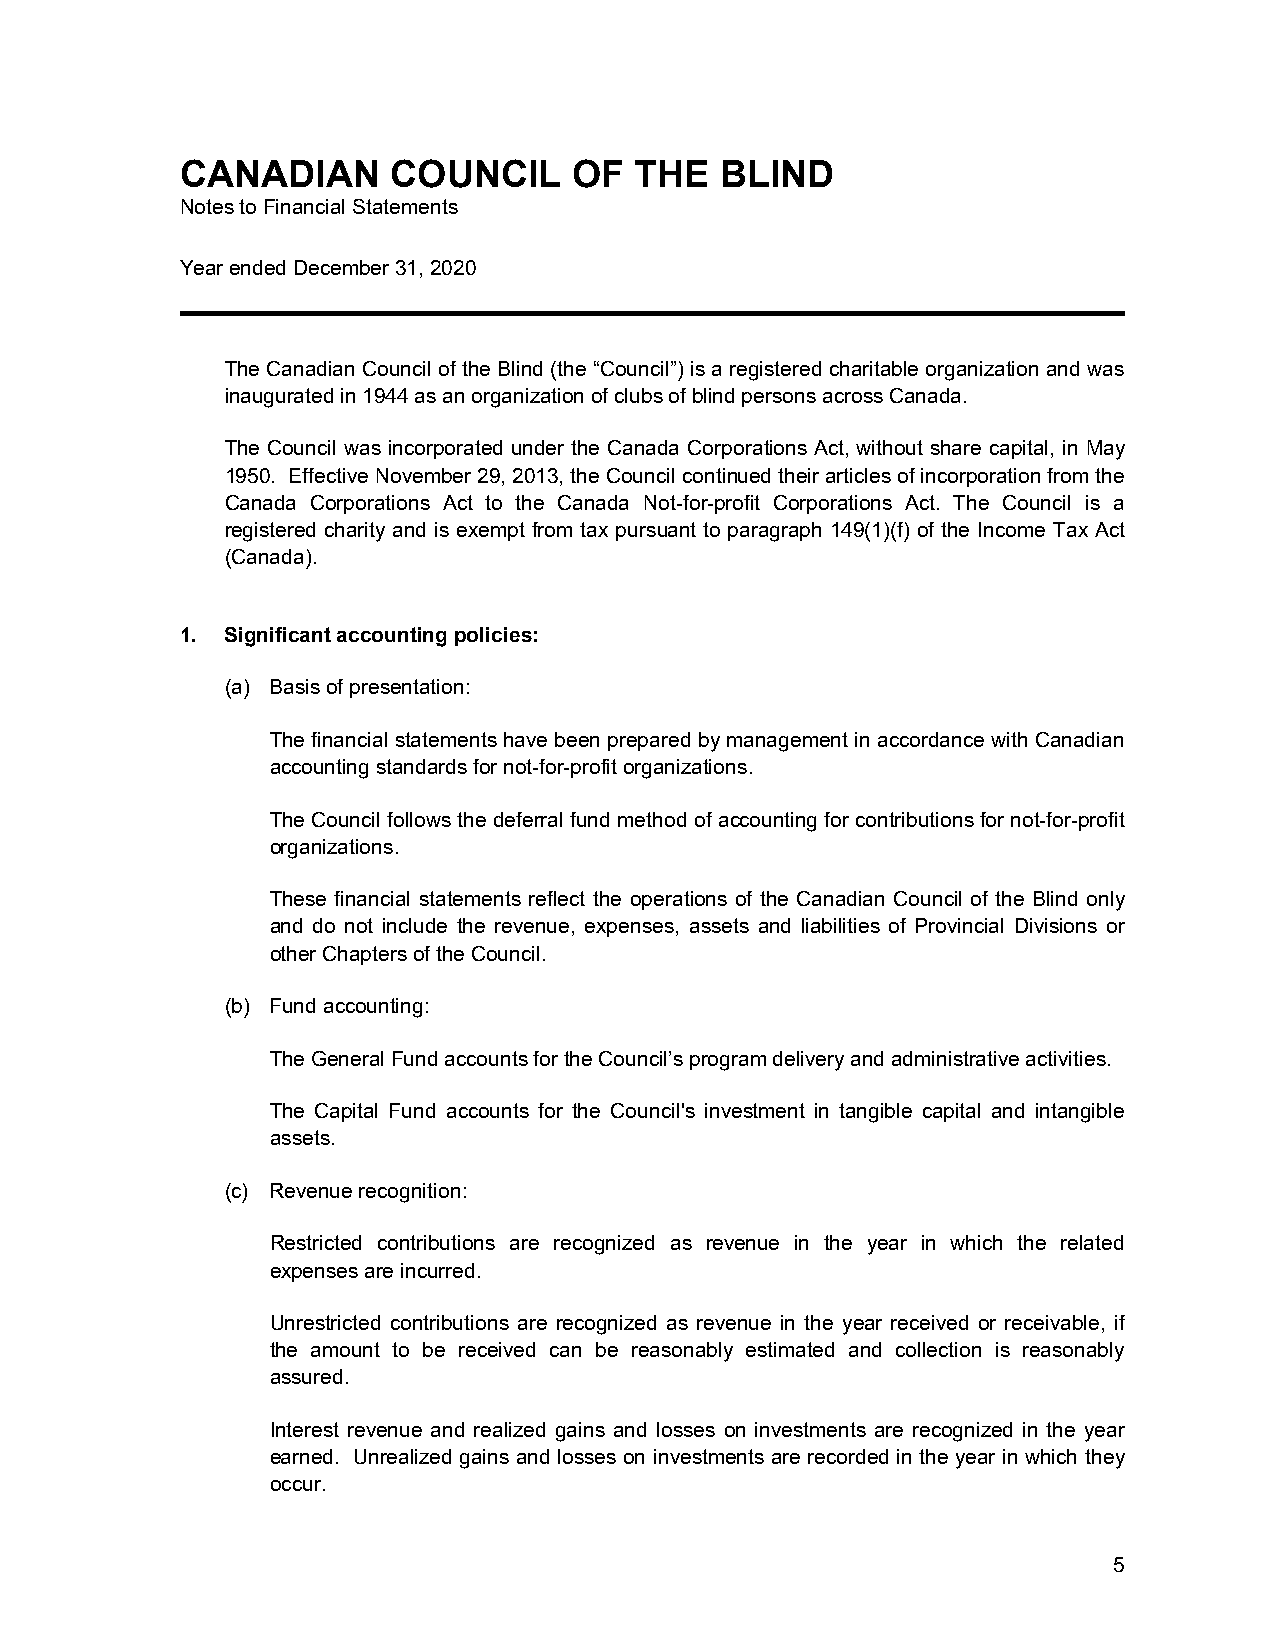
CANADIAN      COUNCIL     OF  THE   BLIND
 Notes to Financial Statements
 Year ended December 31, 2020
 The Canadian Council of the Blind (the “Council”) is a registered charitable organization and was
 inaugurated in 1944 as an organization of clubs of blind persons across Canada.
 The Council was incorporated under the Canada Corporations Act, without share capital, in May
 1950. Effective November 29, 2013, the Council continued their articles of incorporation from the
 Canada Corporations Act to the Canada Not-for-profit Corporations Act. The Council is a
 registered charity and is exempt from tax pursuant to paragraph 149(1)(f) of the Income Tax Act
 (Canada).
 1. Significant accounting policies:
 (a) Basis of presentation:
 The financial statements have been prepared by management in accordance with Canadian
 accounting standards for not-for-profit organizations.
 The Council follows the deferral fund method of accounting for contributions for not-for-profit
 organizations.
 These financial statements reflect the operations of the Canadian Council of the Blind only
 and do not include the revenue, expenses, assets and liabilities of Provincial Divisions or
 other Chapters of the Council.
 (b) Fund accounting:
 The General Fund accounts for the Council’s program delivery and administrative activities.
 The Capital Fund accounts for the Council's investment in tangible capital and intangible
 assets.
 (c) Revenue recognition:
 Restricted contributions are recognized as revenue in the year in which the related
 expenses are incurred.
 Unrestricted contributions are recognized as revenue in the year received or receivable, if
 the amount to be received can be reasonably estimated and collection is reasonably
 assured.
 Interest revenue and realized gains and losses on investments are recognized in the year
 earned. Unrealized gains and losses on investments are recorded in the year in which they
 occur.
 5